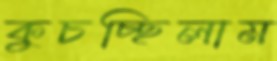
কুচচ্ছিলাম